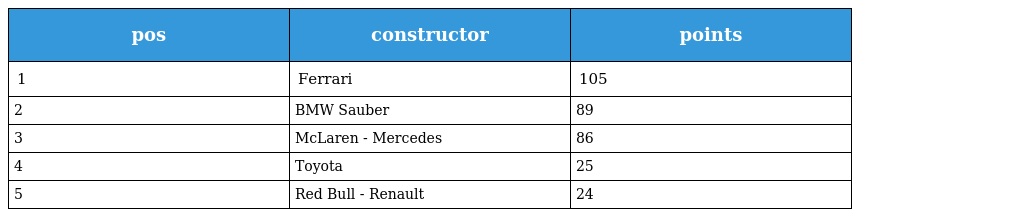
| pos | constructor | points |
 | --- | --- | --- |
 | 1 | Ferrari | 105 |
 | 2 | BMW Sauber | 89 |
 | 3 | McLaren - Mercedes | 86 |
 | 4 | Toyota | 25 |
 | 5 | Red Bull - Renault | 24 |